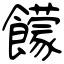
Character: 饛